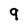
Character: 9